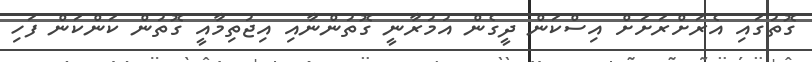
ގޮތުގައި އެރަށްރަށަށް އިސްކަން ދީގެން އުމުރާނީ ގޮތުންނާއި އިޖުތިމާއީ ގޮތުން ކަންކަން ފަހި